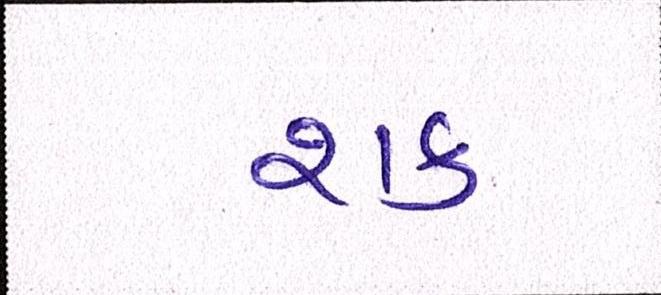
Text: શક